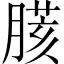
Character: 𦟍